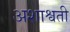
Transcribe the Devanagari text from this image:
अशाश्वती